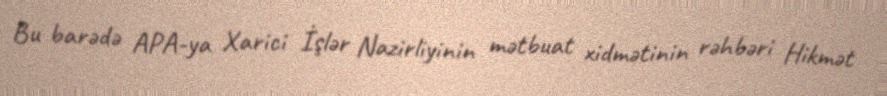
Bu barədə APA-ya Xarici İşlər Nazirliyinin mətbuat xidmətinin rəhbəri Hikmət